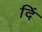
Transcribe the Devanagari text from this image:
दिं